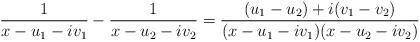
LaTeX: \begin{align*}\frac{1}{x-u_1-iv_1}-\frac{1}{x-u_2-iv_2} = \frac{(u_1-u_2)+i(v_1-v_2)}{(x-u_1-iv_1)(x-u_2-iv_2)}\end{align*}